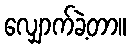
လျှောက်ခဲ့တာ။